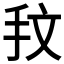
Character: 𢪖